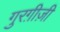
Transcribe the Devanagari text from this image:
गुरग़ीज़ी